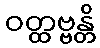
ဝတ္ထဗ္ဗန္တိ